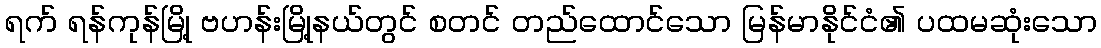
ရက် ရန်ကုန်မြို့ ဗဟန်းမြို့နယ်တွင် စတင် တည်ထောင်သော မြန်မာနိုင်ငံ၏ ပထမဆုံးသော